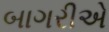
બાગરીએ